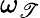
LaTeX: \omega_{\mathscr{T}}